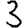
Digit: 3